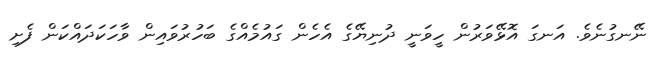
ނޭނގުނެވެ. އަނގަ އޮޅޭވަރުން ހީވަނީ ދުނިޔޭގެ އެހެން ގައުމެއްގެ ބަހުރުވައިން ވާހަކަދައްކަން ފެށި